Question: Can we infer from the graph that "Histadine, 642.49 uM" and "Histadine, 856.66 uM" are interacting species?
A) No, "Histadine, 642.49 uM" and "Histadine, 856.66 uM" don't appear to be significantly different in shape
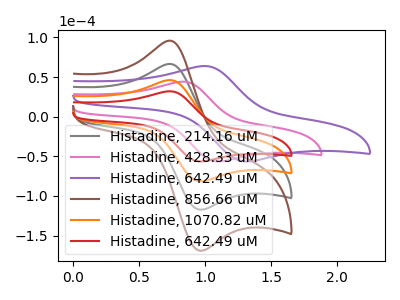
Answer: <think>The gray curve "Histadine, 214.16 uM" has an anodic peak at (0.75V, 92.40uA) and a cathodic peak at (0.95V, -163.00uA). The pink curve "Histadine, 428.33 uM" has an anodic peak at (0.80V, 44.20uA) and a cathodic peak at (1.10V, -56.55uA). The purple curve "Histadine, 642.49 uM" has an anodic peak at (1.00V, 63.95uA) and a cathodic peak at (1.30V, -56.55uA). The brown curve "Histadine, 856.66 uM" has an anodic peak at (0.75V, 138.55uA) and a cathodic peak at (0.95V, -244.50uA). The orange curve "Histadine, 1070.82 uM" has an anodic peak at (0.75V, 46.20uA) and a cathodic peak at (0.95V, -81.50uA). The red curve "Histadine, 642.49 uM" has an anodic peak at (0.75V, 32.05uA) and a cathodic peak at (0.95V, -56.55uA).
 All the peaks in "Histadine, 642.49 uM" have a peak in "Histadine, 856.66 uM" at the same potential. Every peak in "Histadine, 642.49 uM" is lower than every peak in "Histadine, 856.66 uM".</think>
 <answer>A) No, "Histadine, 642.49 uM" and "Histadine, 856.66 uM" don't appear to be significantly different in shape</answer>
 <eval>A</eval>